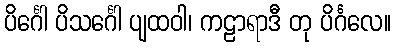
ပိင်္ဂေါ ပိသင်္ဂေါ ပျထဝါ၊ ကဠာရာဒီ တု ပိင်္ဂလေ။